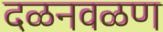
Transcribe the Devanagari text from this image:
दळनवळण